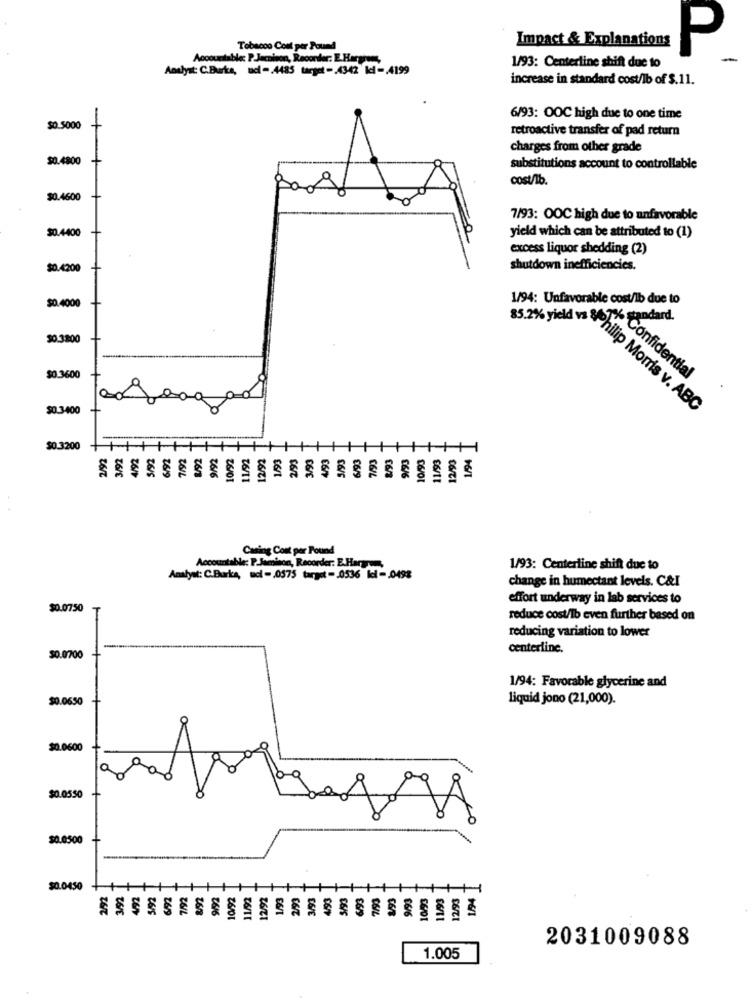
Impact & Explanations
Tobacco Cont per Pound
P
Accountablec P Jacnison, Recorder: E.Hargrees,
1/93: Centerline shift due to
Analyst: C.Burke, ud -. 4485 target -. 4342 kl -. 4199
increase in standard cost/lb of $.11.
-
6/93: OOC high due to one time
$0.5000
retroactive transfer of pad return
charges from other grade
$0.4800
substitutions account to controllable
cost/lb.
$0.4600
7/93: OOC high due to unfavorable
$0.4400
yield which can be attributed to (1)
excess liquor shedding (2)
$0.4200
shutdown inefficiencies.
$0.4000
1/94: Unfavorable cost/lb due to
tandard.
30.3800
$0.3600
Confidential
1
$0.3400
85.2% yield v3 4Philip Morris v. ABC
$0.3200
3/92
12/9
26/5
tón
06/2
26/9
26/L
26/11
06/9
16IL
16/6
06/01
16/1
Casing Cont per Pound
Accountable: P.Jamison, Recorder: E.Haryren,
1/93: Centerline shift due to
Analyst: C.Burka, ucl -. 0575 target -. 0536 Id -. 0498
change in humectant levels. C&I
effort underway in lab services to
$0.0750
reduce cost/lb even further based on
reducing variation to lower
centerline.
$0.0700
1/94: Favorable glycerine and
$0.0650
liquid jono (21,000).
$0.0600
$0.0550
$0.0500
50.0450
3/9
26/5
26/01
2031009088
1.005